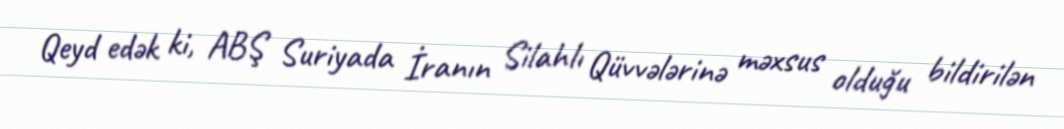
Qeyd edək ki, ABŞ Suriyada İranın Silahlı Qüvvələrinə məxsus olduğu bildirilən